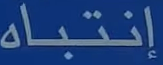
إنتباه